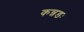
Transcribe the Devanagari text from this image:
कन्नडः